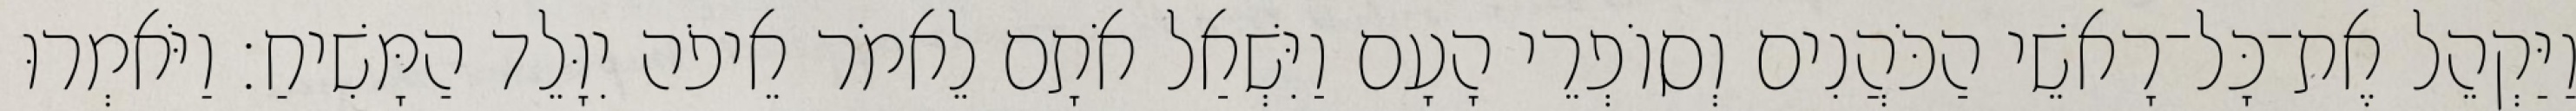
וַיַּקְהֵל אֶת־כָּל־רָאשֵׁי הַכֹּהֲנִים וְסוֹפְרֵי הָעָם וַיִּשְׁאַל אֹתָם לֵאמֹר אֵיפֹה יִוָּלֵד הַמָּשִׁיחַ׃ וַיֹּאמְרוּ